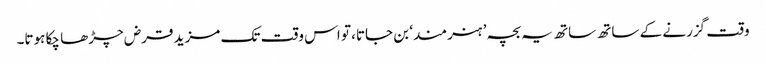
وقت گزرنے کے ساتھ ساتھ یہ بچہ ’ہنرمند‘ بن جاتا، تو اس وقت تک مزید قرض چڑھا چکا ہوتا۔